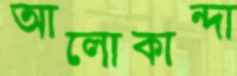
আলোকান্দা